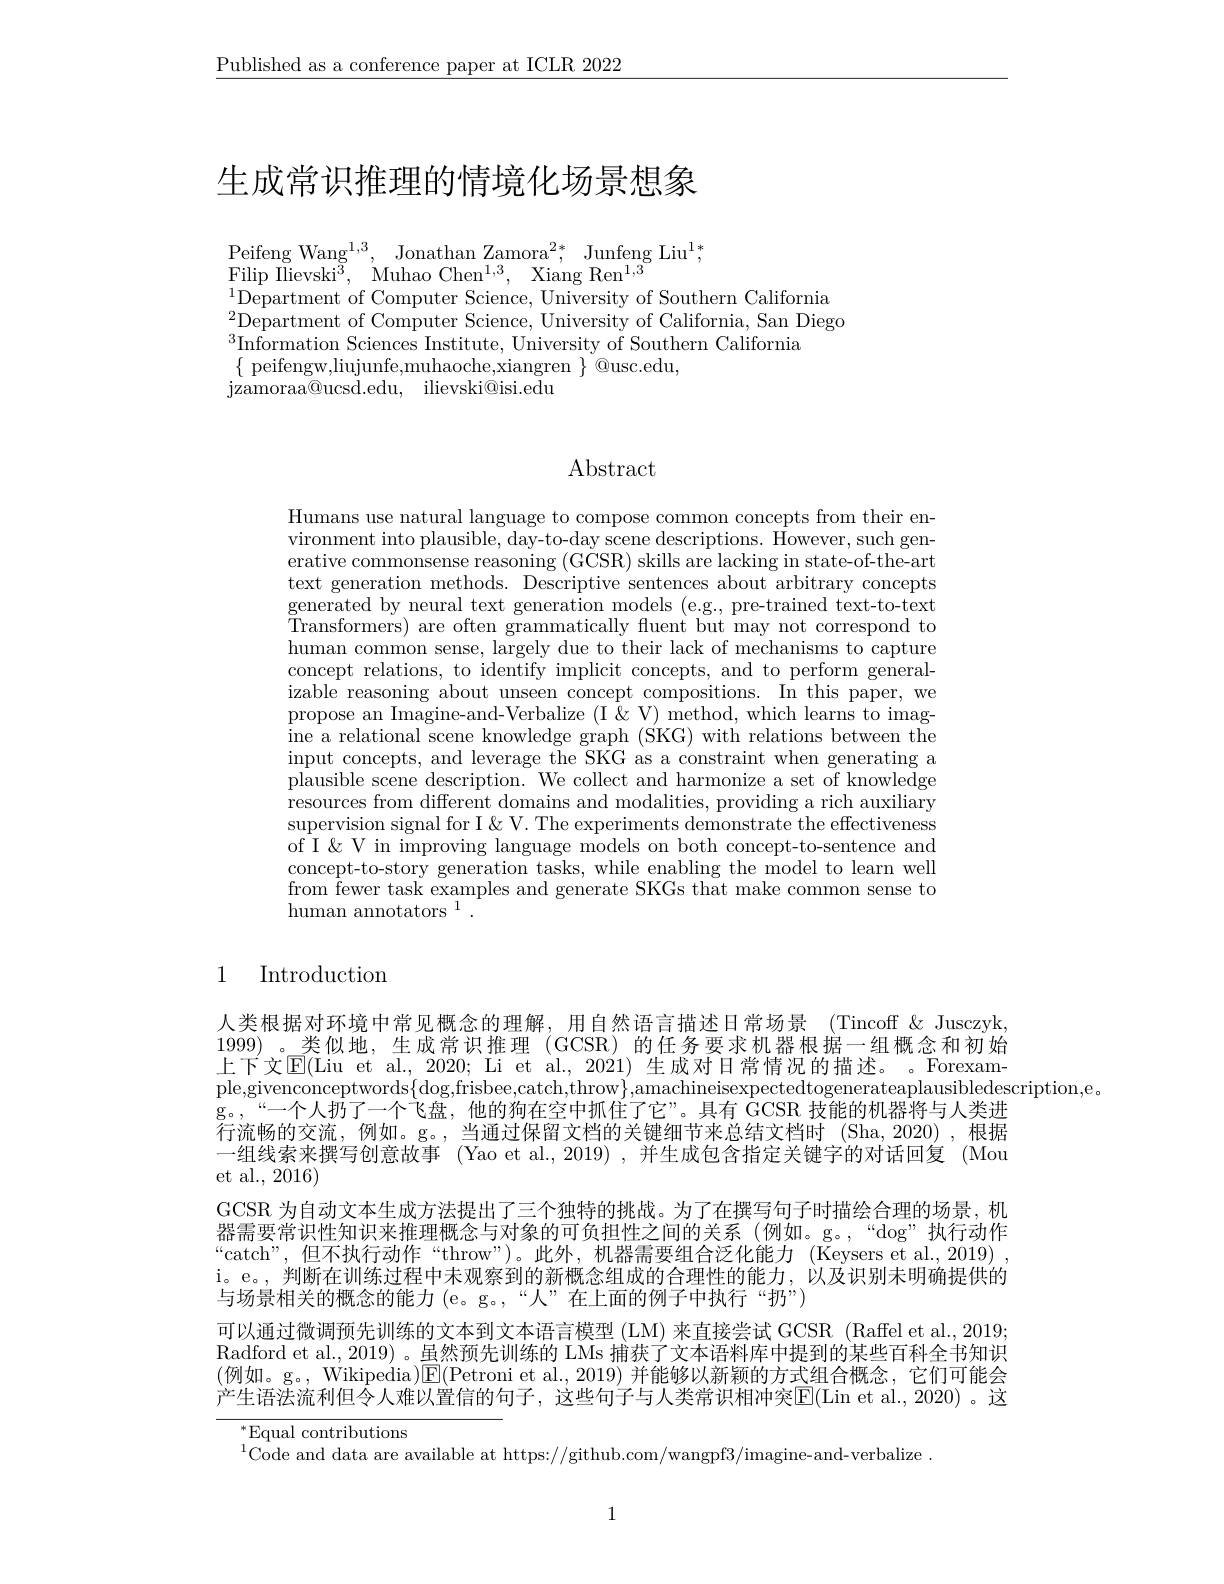
$\underline{\text{Published as a conference paper at ICLR 2022}}$

# 生成常识推理的情境化场景想象

Peifeng Wang$^{1,3}$, Jonathan Zamora$^2*$, Junfeng Liu$^1;$
$\mathrm{Filip~Ilievski}^{3}$, $\mathrm{Muhao~Chen}^{1, 3}$, $\mathrm{Xiang~Ren}^{1, 3}$
$\operatorname*{lim}_{2\mathrm{P}}^{1}$Department of Computer Science, University of Southern California

Department of Computer Science, University of California, San Diego Tre
${}^{3}\dot{\text{Information Sciences Institute, University of Southern California}}$
$\{$ peifengw,liujunfe,muhaoche,xiangren $\}$ @usc.edu,
${\mathrm{jzamoraa@ ucsd. edu, }}$ ${\mathrm{ilievski@ isi. edu}}$

### Abstract

Humans use natural language to compose common concepts from their environment into plausible, day-to-day scene descriptions. $\bar{\text{However, such gen-}}$ erative commonsense reasoning (GCSR) skills are lacking in state-of-the-art text generation methods. Descriptive sentences about arbitrary concepts generated by neural text generation models (e.g., pre-trained text-to-text Transformers) are often grammatically fluent but may not correspond to human common sense, largely due to their lack of mechanisms to capture concept relations, to identify implicit concepts, and to perform generalizable reasoning about unseen concept compositions. In this paper, we propose an Imagine-and-Verbalize (I&V) method, which learns to imagine a relational scene knowledge graph (SKG) with relations between the input concepts, and leverage the SKG as a constraint when generating a plausible scene description. We collect and harmonize a set of knowledge resources from different domains and modalities, providing a rich auxiliary supervision signal for I & V. The experiments demonstrate the effectiveness of I& V in improving language models on both concept-to-sentence and concept-to-story generation tasks, while enabling the model to learn well from fewer task examples and generate SKGs that make common sense to human annotators $^{1}.$

### 1 Introduction

人类根据对环境中常见概念的理解，用自然语言描述日常场景(Tincoff~$\&Jusczyk$, 1999)。类似地，生成常识推理(GCSR)的任务要求机器根据一组概念和初始上下文$\overline{\mathrm{E}}($Liu et al., 2020; Li et al., 2021) 生成对日常情况的描述。。Forexam ple,givenconceptwords$\{\log$frisbee,catch,throw$\}$,amachineisexpectedtogenerateaplausibledescription,e。
proygrecepre g。, “ — 个 人 扔 了 一 个 飞 盘 , 他 的 狗 在 空 中 抓 住 了 它 ” 。具 有 GCSR 技 能 的 机 器 将 与 人 类 进 三 次 中 的 言 流 则 如行流畅的交流，例如。g。,当通过保留文档的关键细节来总结文档时(Sha,2020),根据一组线索来撰写创意故事 (Yao et al., 2019) ,并生成包含指定关键字的对话回复 (Mou et al., 2016)
GCSR 为自动文本生成方法提出了三个独特的挑战。为了在撰写句子时描绘合理的场景，机器需要常识性知识来推理概念与对象的可负担性之间的关系(例如。g。,“dog”执行动作“catch”,但不执行动作“throw”)。此外，机器需要组合泛化能力(Keysers et al.,2019) i。e。,判断在训练过程中未观察到的新概念组成的合理性的能力，以及识别未明确提供的与场景相关的概念的能力 (e。g。,“人”在上面的例子中执行“扔”)
可以通过微调预先训练的文本到文本语言模型 (LM) 来直接尝试 GCSR (Raffel et al., 2019 Radford et al., 2019) 。虽然预先训练的 LMs 捕获了文本语料库中提到的某些百科全书知识(例如。g。, Wikipedia)$\mathbb{E}($Petroni et al., 2019)并能够以新颖的方式组合概念，它们可能会产生语法流利但令人难以置信的句子，这些句子与人类常识相冲突$\overline{\mathrm{E}}($Lin et al.,2020)。这

$^*$Equal contributions

$^{1}\hat{\text{Code and data are available at https://github.com/wangpf3/imagine-and-verbalize}}$

1